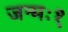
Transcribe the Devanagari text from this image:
जन्मः१